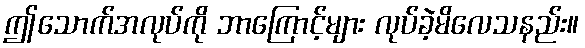
ဤသောက်အလုပ်ကို ဘာကြောင့်များ လုပ်ခဲ့မိလေသနည်း။